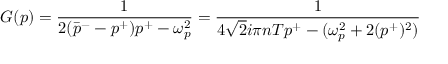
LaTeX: G ( p ) = \frac { 1 } { 2 ( \bar { p } ^ { - } - p ^ { + } ) p ^ { + } - \omega _ { p } ^ { 2 } } = \frac { 1 } { 4 \sqrt { 2 } i \pi n T p ^ { + } - ( \omega _ { p } ^ { 2 } + 2 ( p ^ { + } ) ^ { 2 } ) }